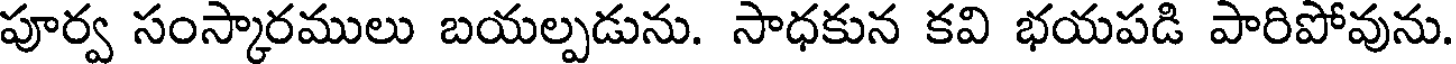
పూర్వ సంస్కారములు బయల్పడును. సాధకున కవి భయపడి పారిపోవును.